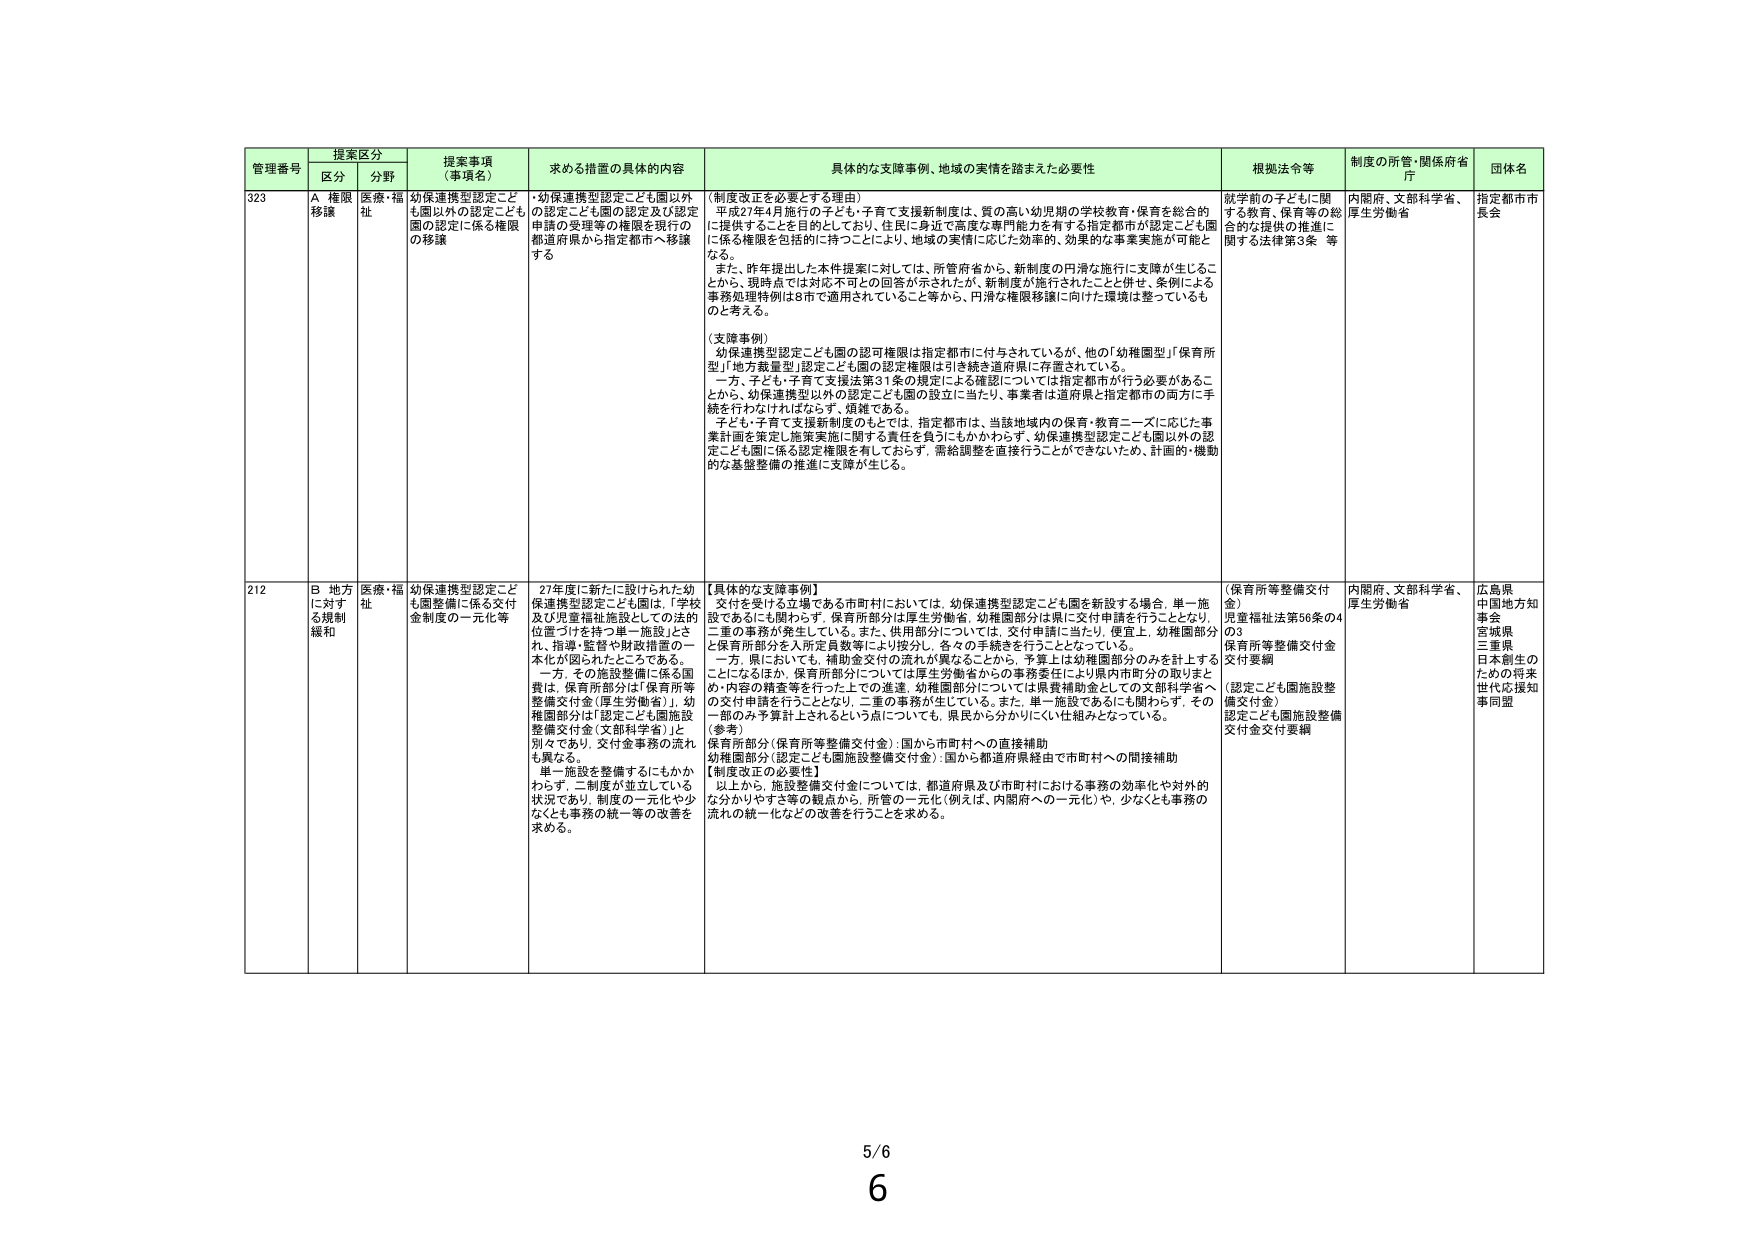
管理番号 提案区分 提案事項（事項名） 求める措置の具体的内容 具体的な支援事例、地域の実情を踏まえた必要性 根拠法令等 制度の所管・関係府省庁 団体名
区分 分野
323 A 権限移譲 医療・福祉 幼保連携型認定こども園以外も園以外の認定こども園の受理等の権限を現行の都道府県から指定都市へ移譲する ・幼保連携型認定こども園以外の認定こども園の認定及び認定申請の受理等の権限を現行の都道府県から指定都市へ移譲する （制度改正を必要とする理由） 平成27年4月施行の子ども・子育て支援新制度は、質の高い幼児期の学校教育・保育を総合的に提供することを目的としており、住民に身近で高度な専門能力を有する指定都市が認定こども園に係る権限を包括的に持つことにより、地域の実情に応じた効果的、効果的な事業実施が可能となる。 また、昨年提出した本件提案に対しては、所管府省から、新制度の円滑な施行に支障が生じることから、現時点では対応不可との回答が示されたが、新制度が施行されたことと併せ、条例による事務処理特例は8市で適用されていること等から、円滑な権限移譲に向けた環境は整っているものと考える。 （支援事例） 幼保連携型認定こども園の認可権限は指定都市に付与されているが、他の「幼稚園型」「保育所型」「地方裁量型」認定こども園の認定権限は引き続き道府県に存置されている。 一方、子ども・子育て支援法第31条の規定による確認については指定都市が行う必要があることから、幼保連携型以外の認定こども園の設立に当たり、事業者は道府県と指定都市の両方に手続を行わなければならない。煩雑である。 子ども・子育て支援新制度のもとでは、指定都市は、当該地域内の保育・教育ニーズに応じた事業計画を策定し施策実施に関する責任を負うにもかかわらず、幼保連携型認定こども園以外の認定こども園に係る認定権限を有しておらず、需給調整を直接行うことができないため、計画的・機動的な基盤整備の推進に支障が生じる。 就学前の子どもに関する教育、保育等の総合的な提供の推進に関する法律第3条 等 内閣府、文部科学省、厚生労働省 指定都市市長会
212 B 地方に対する規制緩和 医療・福祉 幼保連携型認定こども園整備に係る交付金制度の一元化等 27年度に新たに設けられた幼保連携型認定こども園は、「学校及び児童福祉施設としての法的位置づけを持つ単一施設」とされ、指導・監督や財政措置の一本化が図られたところである。 一方、その施設整備に係る国費は、保育所部分は「保育所等整備交付金（厚生労働省）」、幼稚園部分は「認定こども園施設整備交付金（文部科学省）」と別々であり、交付金事務の流れも異なる。 単一施設を整備するにもかかわらず、二制度が並立している状況であり、制度の一元化や少なくとも事務の統一等の改善を求める。 【具体的な支援事例】 交付を受ける立場である市町村においては、幼保連携型認定こども園を新設する場合、単一施設であるにも関わらず、保育所部分は厚生労働省、幼稚園部分は県に交付申請を行うこととなり、二重の事務が発生している。また、供用部分については、交付申請に当たり、便宜上、幼稚園部分と保育所部分を入所定員数等により按分し、各々の手続きを行うこととなっている。 一方、県においても、補助金交付の流れが異なることから、予算上は幼稚園部分のみを計上することになるほか、保育所部分については厚生労働省からの事務委任により県内市町分の取りまとめ・内容の精査等を行った上での通達、幼稚園部分については県費補助金としての文部科学省への交付申請を行うこととなり、二重の事務が生じている。また、単一施設であるにも関わらず、その一部のみ予算計上されるという点についても、県民から分かりにくい仕組みとなっている。 （参考） 保育所部分（保育所等整備交付金）：国から市町村への直接補助 幼稚園部分（認定こども園施設整備交付金）：国から都道府県経由で市町村への間接補助 【制度改正の必要性】 以上から、施設整備交付金については、都道府県及び市町村における事務の効率化や対外的な分かりやすさ等の観点から、所管の一元化（例えば、内閣府への一元化）や、少なくとも事務の流れの統一化などの改善を行うことを求める。 （保育所等整備交付金） 児童福祉法第50条の4の3 保育所等整備交付金交付要綱 （認定こども園施設整備交付金） 認定こども園施設整備交付金交付要綱 内閣府、文部科学省、厚生労働省 広島県 中国地方知事会 宮城県 三重県 日本創生のための将来世代応援知事同盟
5/6
6